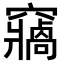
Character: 𥨷